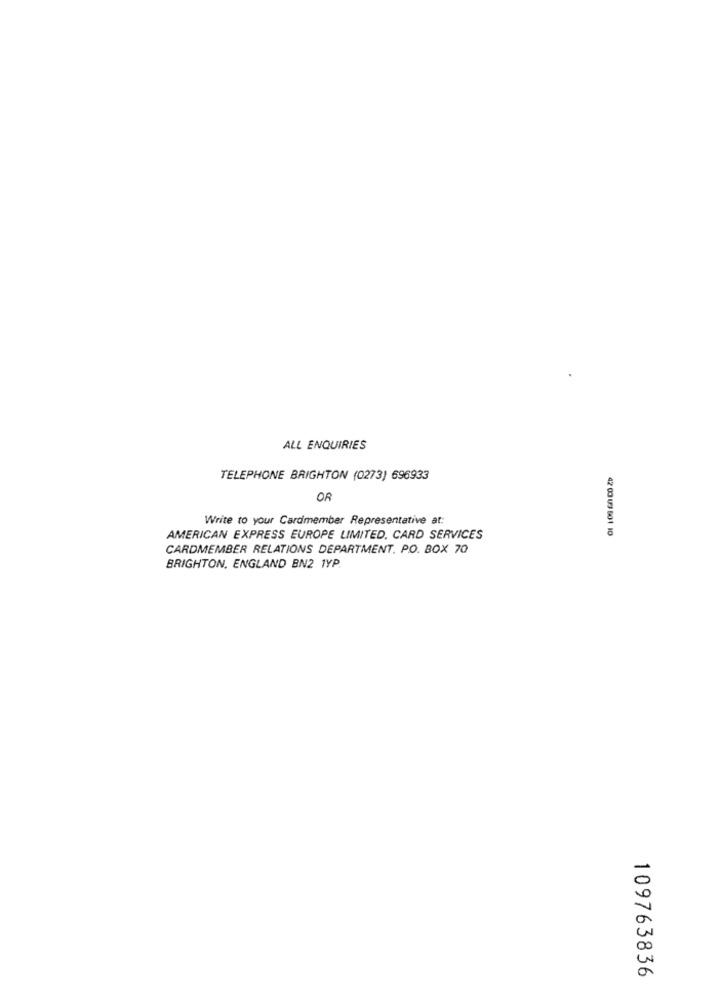
ALL ENQUIRIES
TELEPHONE BRIGHTON (0273) 696933
OR
Write to your Cardmember Representative at:
42 03 UJ 601 10
AMERICAN EXPRESS EUROPE LIMITED, CARD SERVICES
CARDMEMBER RELATIONS DEPARTMENT. PO. BOX 70
BRIGHTON, ENGLAND BN2 1YP.
109763836